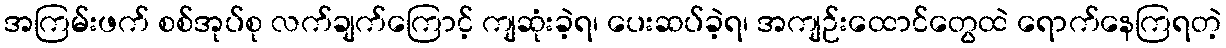
အကြမ်းဖက် စစ်အုပ်စု လက်ချက်ကြောင့် ကျဆုံးခဲ့ရ၊ ပေးဆပ်ခဲ့ရ၊ အကျဉ်းထောင်တွေထဲ ရောက်နေကြရတဲ့